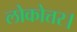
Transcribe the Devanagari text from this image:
लोकोत्तर।